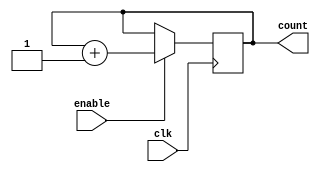
module binary_up_counter (
    input wire clk,
    input wire enable,
    output reg [7:0] count
);

always @(posedge clk) begin
    if (enable) begin
        count <= count + 1;
    end
end

endmodule